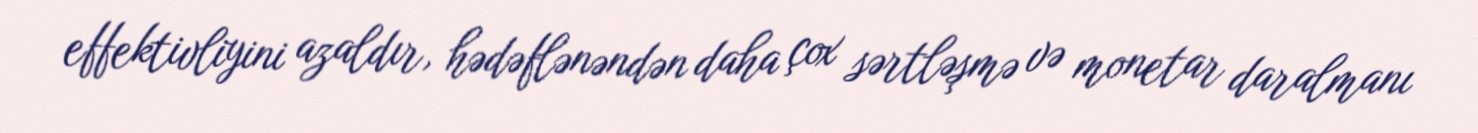
effektivliyini azaldır, hədəflənəndən daha çox sərtləşmə və monetar daralmanı